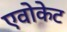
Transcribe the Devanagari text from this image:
एवोकेट